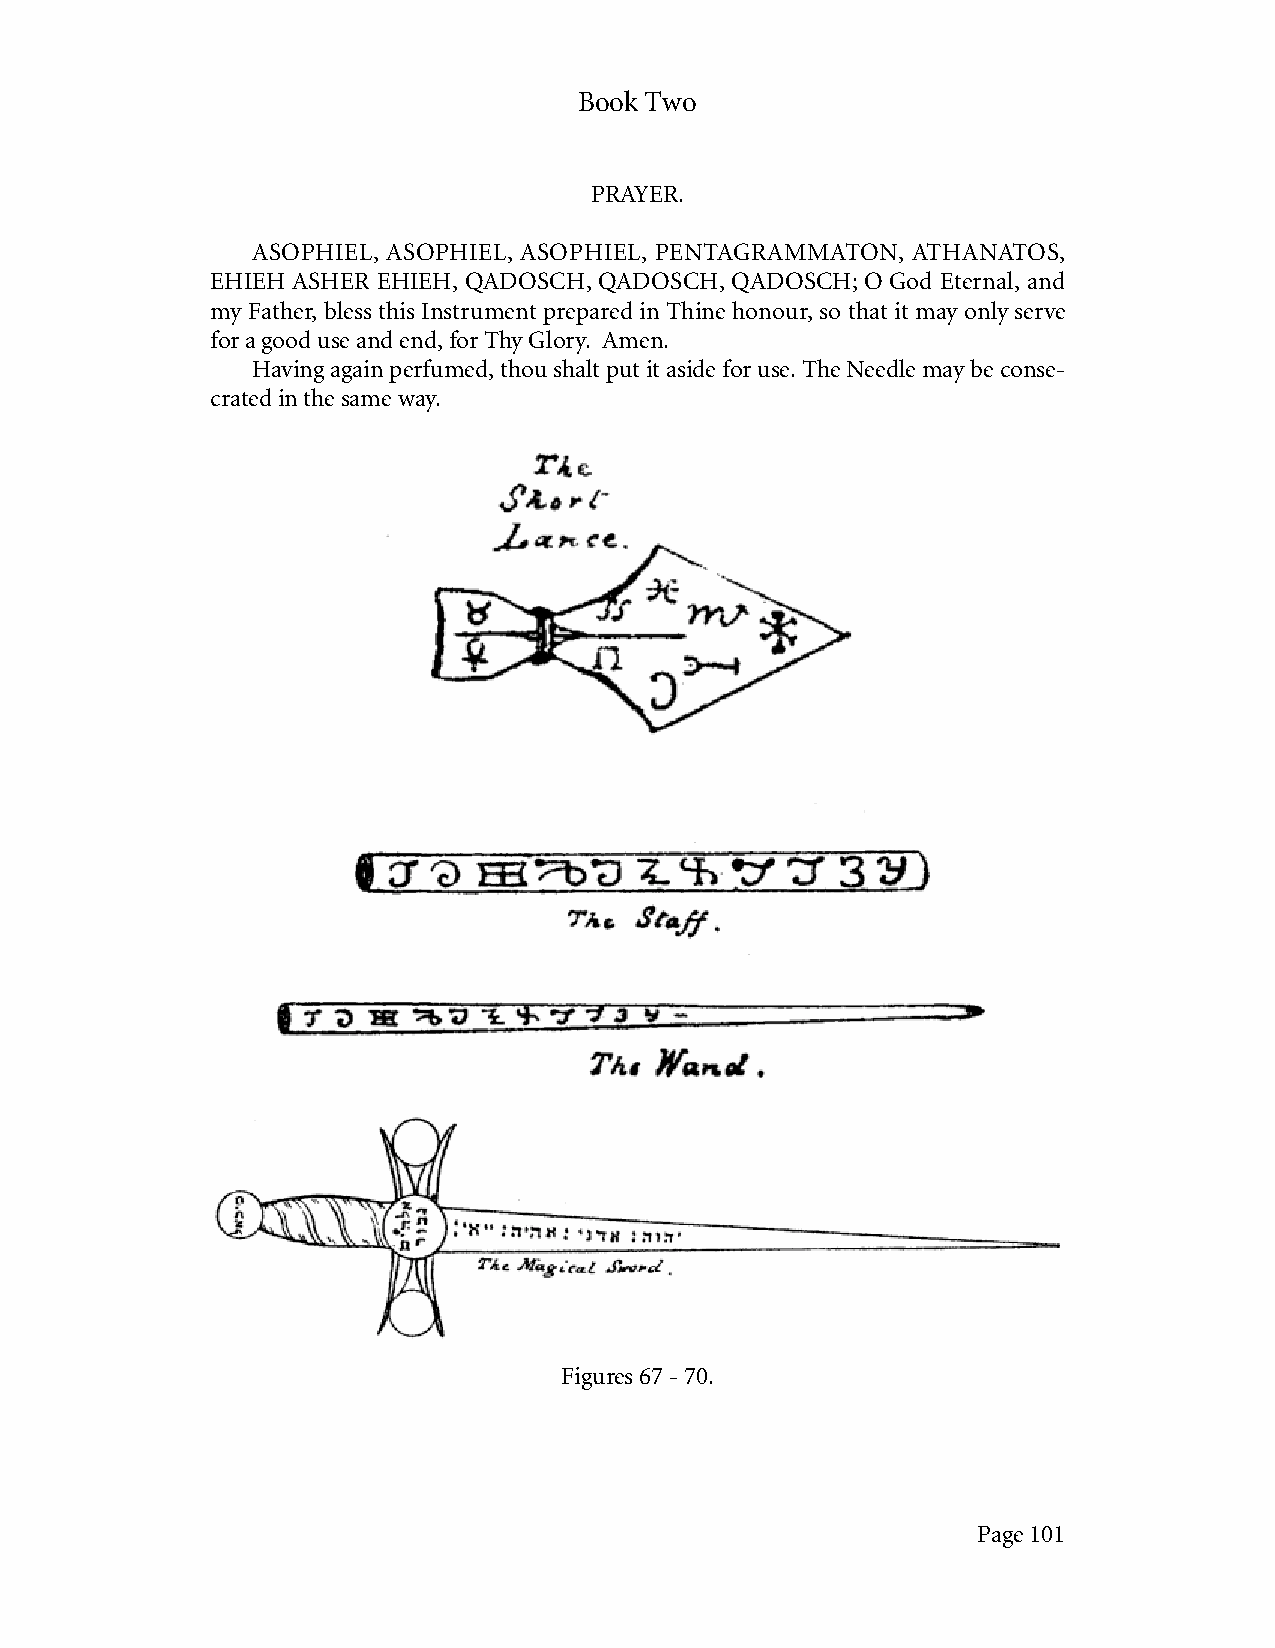
Book Two
 PRAYER.
 ASOPHIEL, ASOPHIEL, ASOPHIEL, PENTAGRAMMATON, ATHANATOS,
 EHIEH ASHER EHIEH, QADOSCH, QADOSCH, QADOSCH; O God Eternal, and
 my Father, bless this Instrument prepared in Thine honour, so that it may only serve
 for a good use and end, for Thy Glory. Amen.
 Having again perfumed, thou shalt put it aside for use. The Needle may be conse-
 crated in the same way.
 Figures 67 - 70.
 Page 101